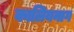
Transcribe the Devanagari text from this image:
कालियनाग